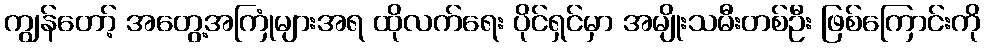
ကျွန်တော့် အတွေ့အကြုံများအရ ထိုလက်ရေး ပိုင်ရှင်မှာ အမျိုးသမီးတစ်ဦး ဖြစ်ကြောင်းကို